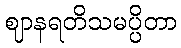
ဈာနရတိသမပ္ပိတာ